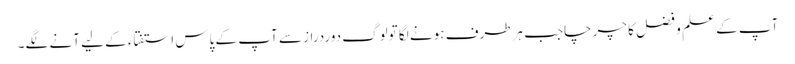
آپ کے علم و فضل کا چرچاجب ہرطرف ہونے لگا تولوگ دوردراز سے آپ کے پاس استفتاء کے لیے آنے لگے۔